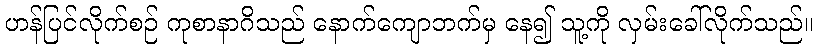
ဟန်ပြင်လိုက်စဉ် ကုစာနာဂိသည် နောက်ကျောဘက်မှ နေ၍ သူ့ကို လှမ်းခေါ်လိုက်သည်။